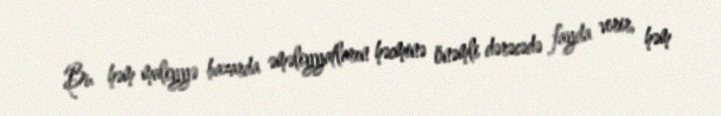
Bu həm maliyyə bazarda əməliyyatların həcminə önəmli dərəcədə fayda verir, həm